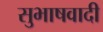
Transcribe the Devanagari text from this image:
सुभाषवादी